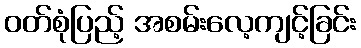
ဝတ်စုံပြည့် အစမ်းလေ့ကျင့်ခြင်း